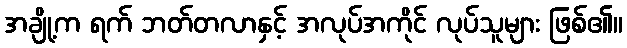
အချို့က ရက် ဘတ်တလာနှင့် အလုပ်အကိုင် လုပ်သူများ ဖြစ်၏။